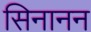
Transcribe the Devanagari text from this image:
सिनानन